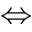
\Leftrightarrow